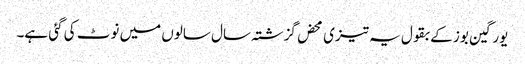
یورگین بوز کے بقول یہ تیزی محض گزشتہ سال سالوں میں نوٹ کی گئی ہے۔